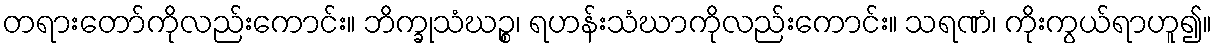
တရားတော်ကိုလည်းကောင်း။ ဘိက္ခုသံဃဉ္စ၊ ရဟန်းသံဃာကိုလည်းကောင်း။ သရဏံ၊ ကိုးကွယ်ရာဟူ၍။